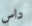
داس